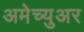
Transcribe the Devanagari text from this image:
अमेच्युअर